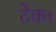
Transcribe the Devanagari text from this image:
टेक।